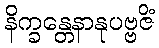
နိက္ခန္တေနာနုပဗ္ဗဇိံ